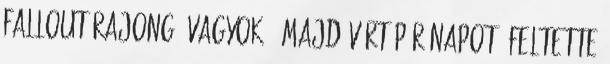
Fallout rajongó vagyok , majd várt pár napot, feltette